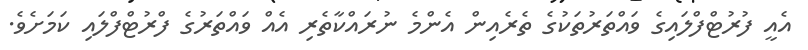
އެއީ ފުރުޓްފްލައިގެ ވައްތަރުތަކުގެ ތެރެއިން އެންމެ ނުރައްކާތެރި އެއް ވައްތަރުގެ ފްރުޓްފްލައި ކަމަށެވެ.